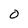
Character: 0